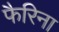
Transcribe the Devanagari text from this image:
फैरिना